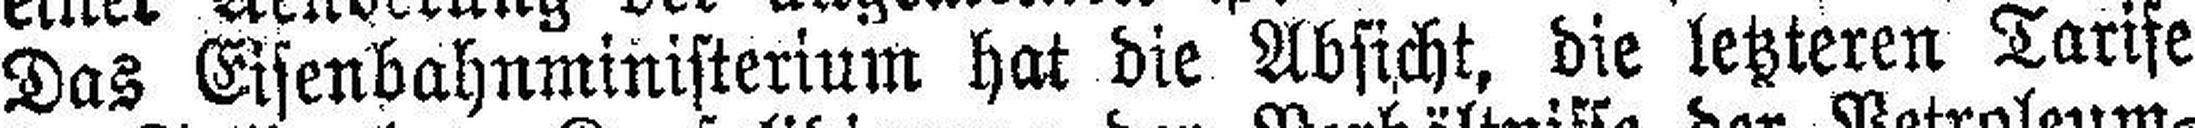
Das Eisenbahnministerium hat die Absicht, die letzteren Tarife